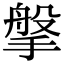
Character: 搫